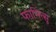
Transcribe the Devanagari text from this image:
फामित्सु